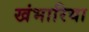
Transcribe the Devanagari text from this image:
खंभारिया